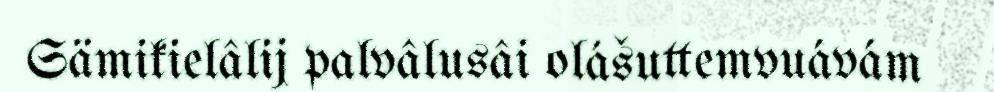
Sämikielâlij palvâlusâi olášuttemvuávám